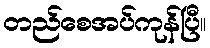
တည်စေအပ်ကုန်ပြီ။